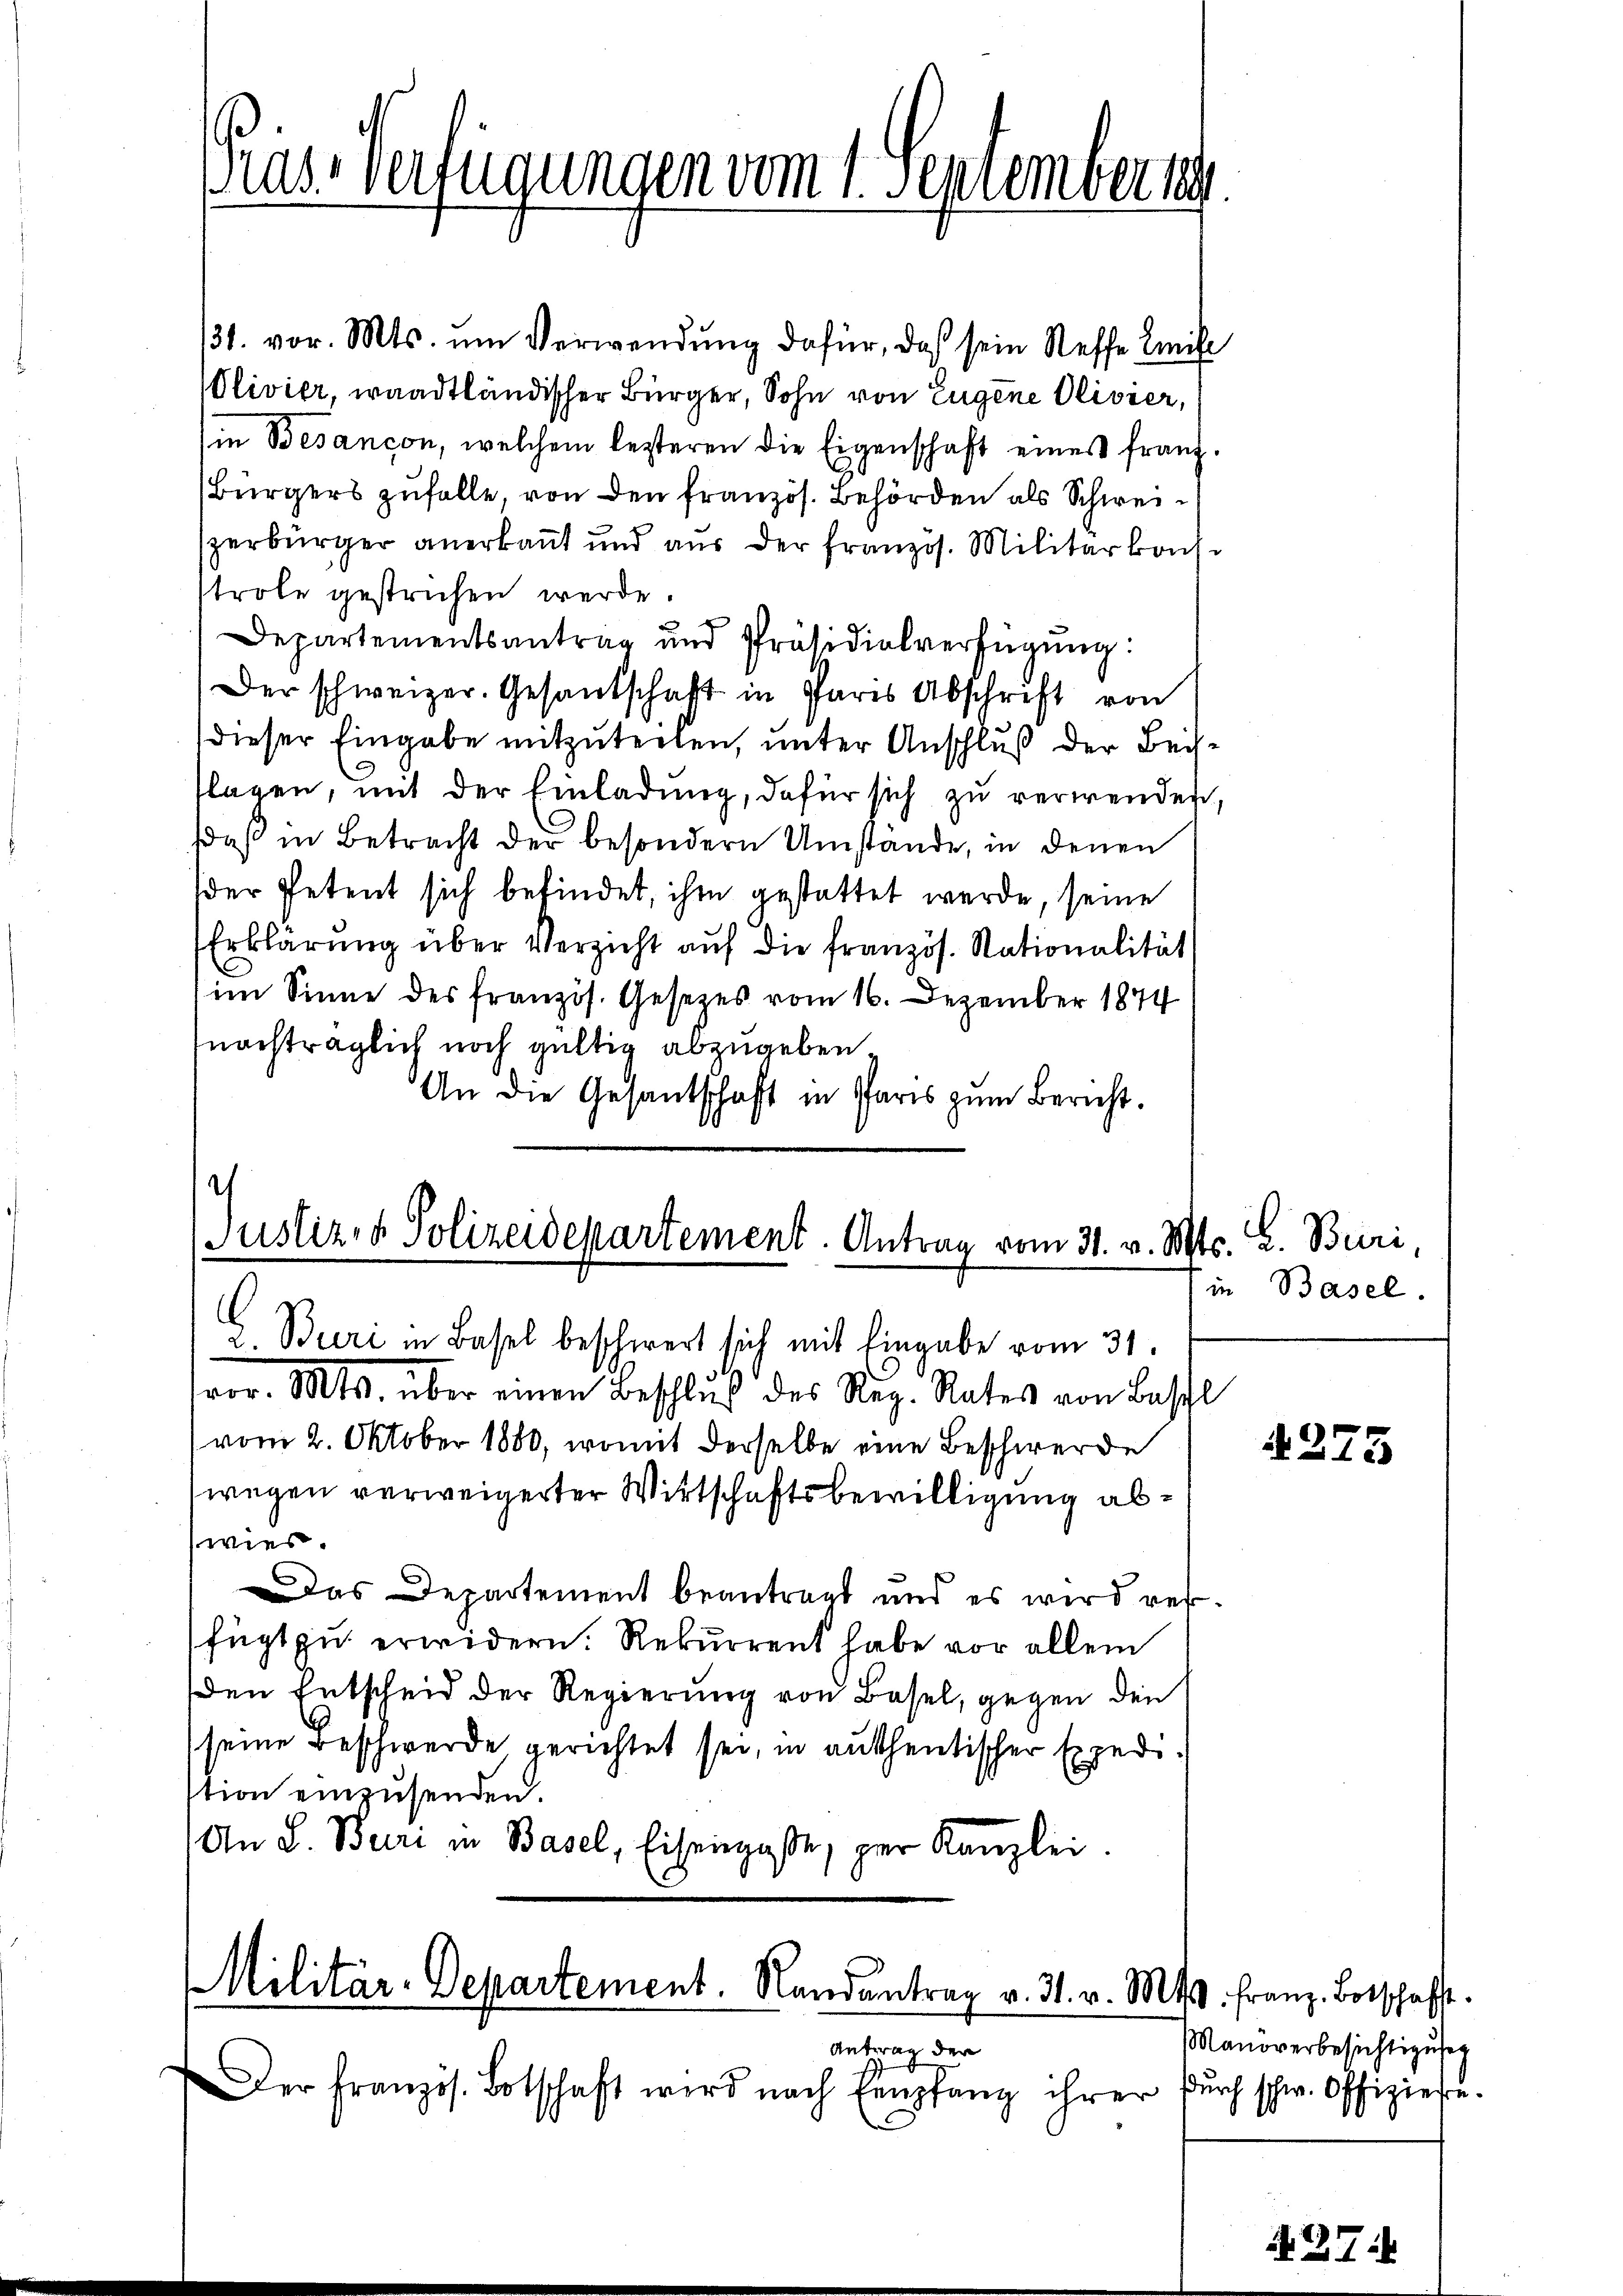
Pras-Verfügungen vom 1. Septembersch

131. vor. Mts. um Verwendung dafür, daß sein Steffe mit
Olivier, waadtländischer Bürger, Sohn von Eugene Olivier,
in Besançon, welchem lezteren die Eigenschaft eines franz.
Bürgers zufalle, von den französ. Behörden als Schweizerbürger anerkannt und aus der Französ. Militärkons
strole gestrichen werde.
Departementsantrag und Präsidialverfügŭng:
Der schweizer. Gesandschaft in Pfarrs Abschrift von
dieser Eingabe mitzuteilen, unter Anschluß der Beisflagen, mit der Einladung, dafür sich zu verwenden,
daß in Betracht der besondern Umstände, in denen
der Petent sich befindet, ihm gestattet werde, seine
Erklärung über Verzicht auf die französ. Nationalität
im Sinne des französ. Gesetzes vom 16. Dezember 1844
nachträglich noch gültig abzugeben¬
An die Gesantschaft in Paris zum Bericht.

.
Justiz- & Polizeidepartement. Antrag vom 31. v. Mts. L. Buri,
2. Buri in Basel beschwert sich mit Eingabe vom 31.

vor. Mts. über einen Beschluß des Reg. Rates von Beschl
vom 2. Oktober 1880, womit derselbe eine Beschwerde
wegen verweigerter Wirtschaftsbewilligung abwies.
Das Departement beantragt und es wird verfügt zu erwidern. Rekurrent habe vor allem
den Entscheid der Regierung von Basel, gegen den
seine Beschwerde gerichtet sei, in authentischer Expedistion einzusenden.
An S. Buri in Basel, Eisengasse, per Kanzlei.

Militär-Departement. Randantrag v. 31. v. M. Franz. Botschafft.

Antrag der
Der französ. Botschaft wird nach Empfang ihrer

in Basel.

4275

Manoverbesichtiguseg
durch schw. Offizieren.

A27: